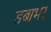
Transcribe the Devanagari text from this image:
डबाभर